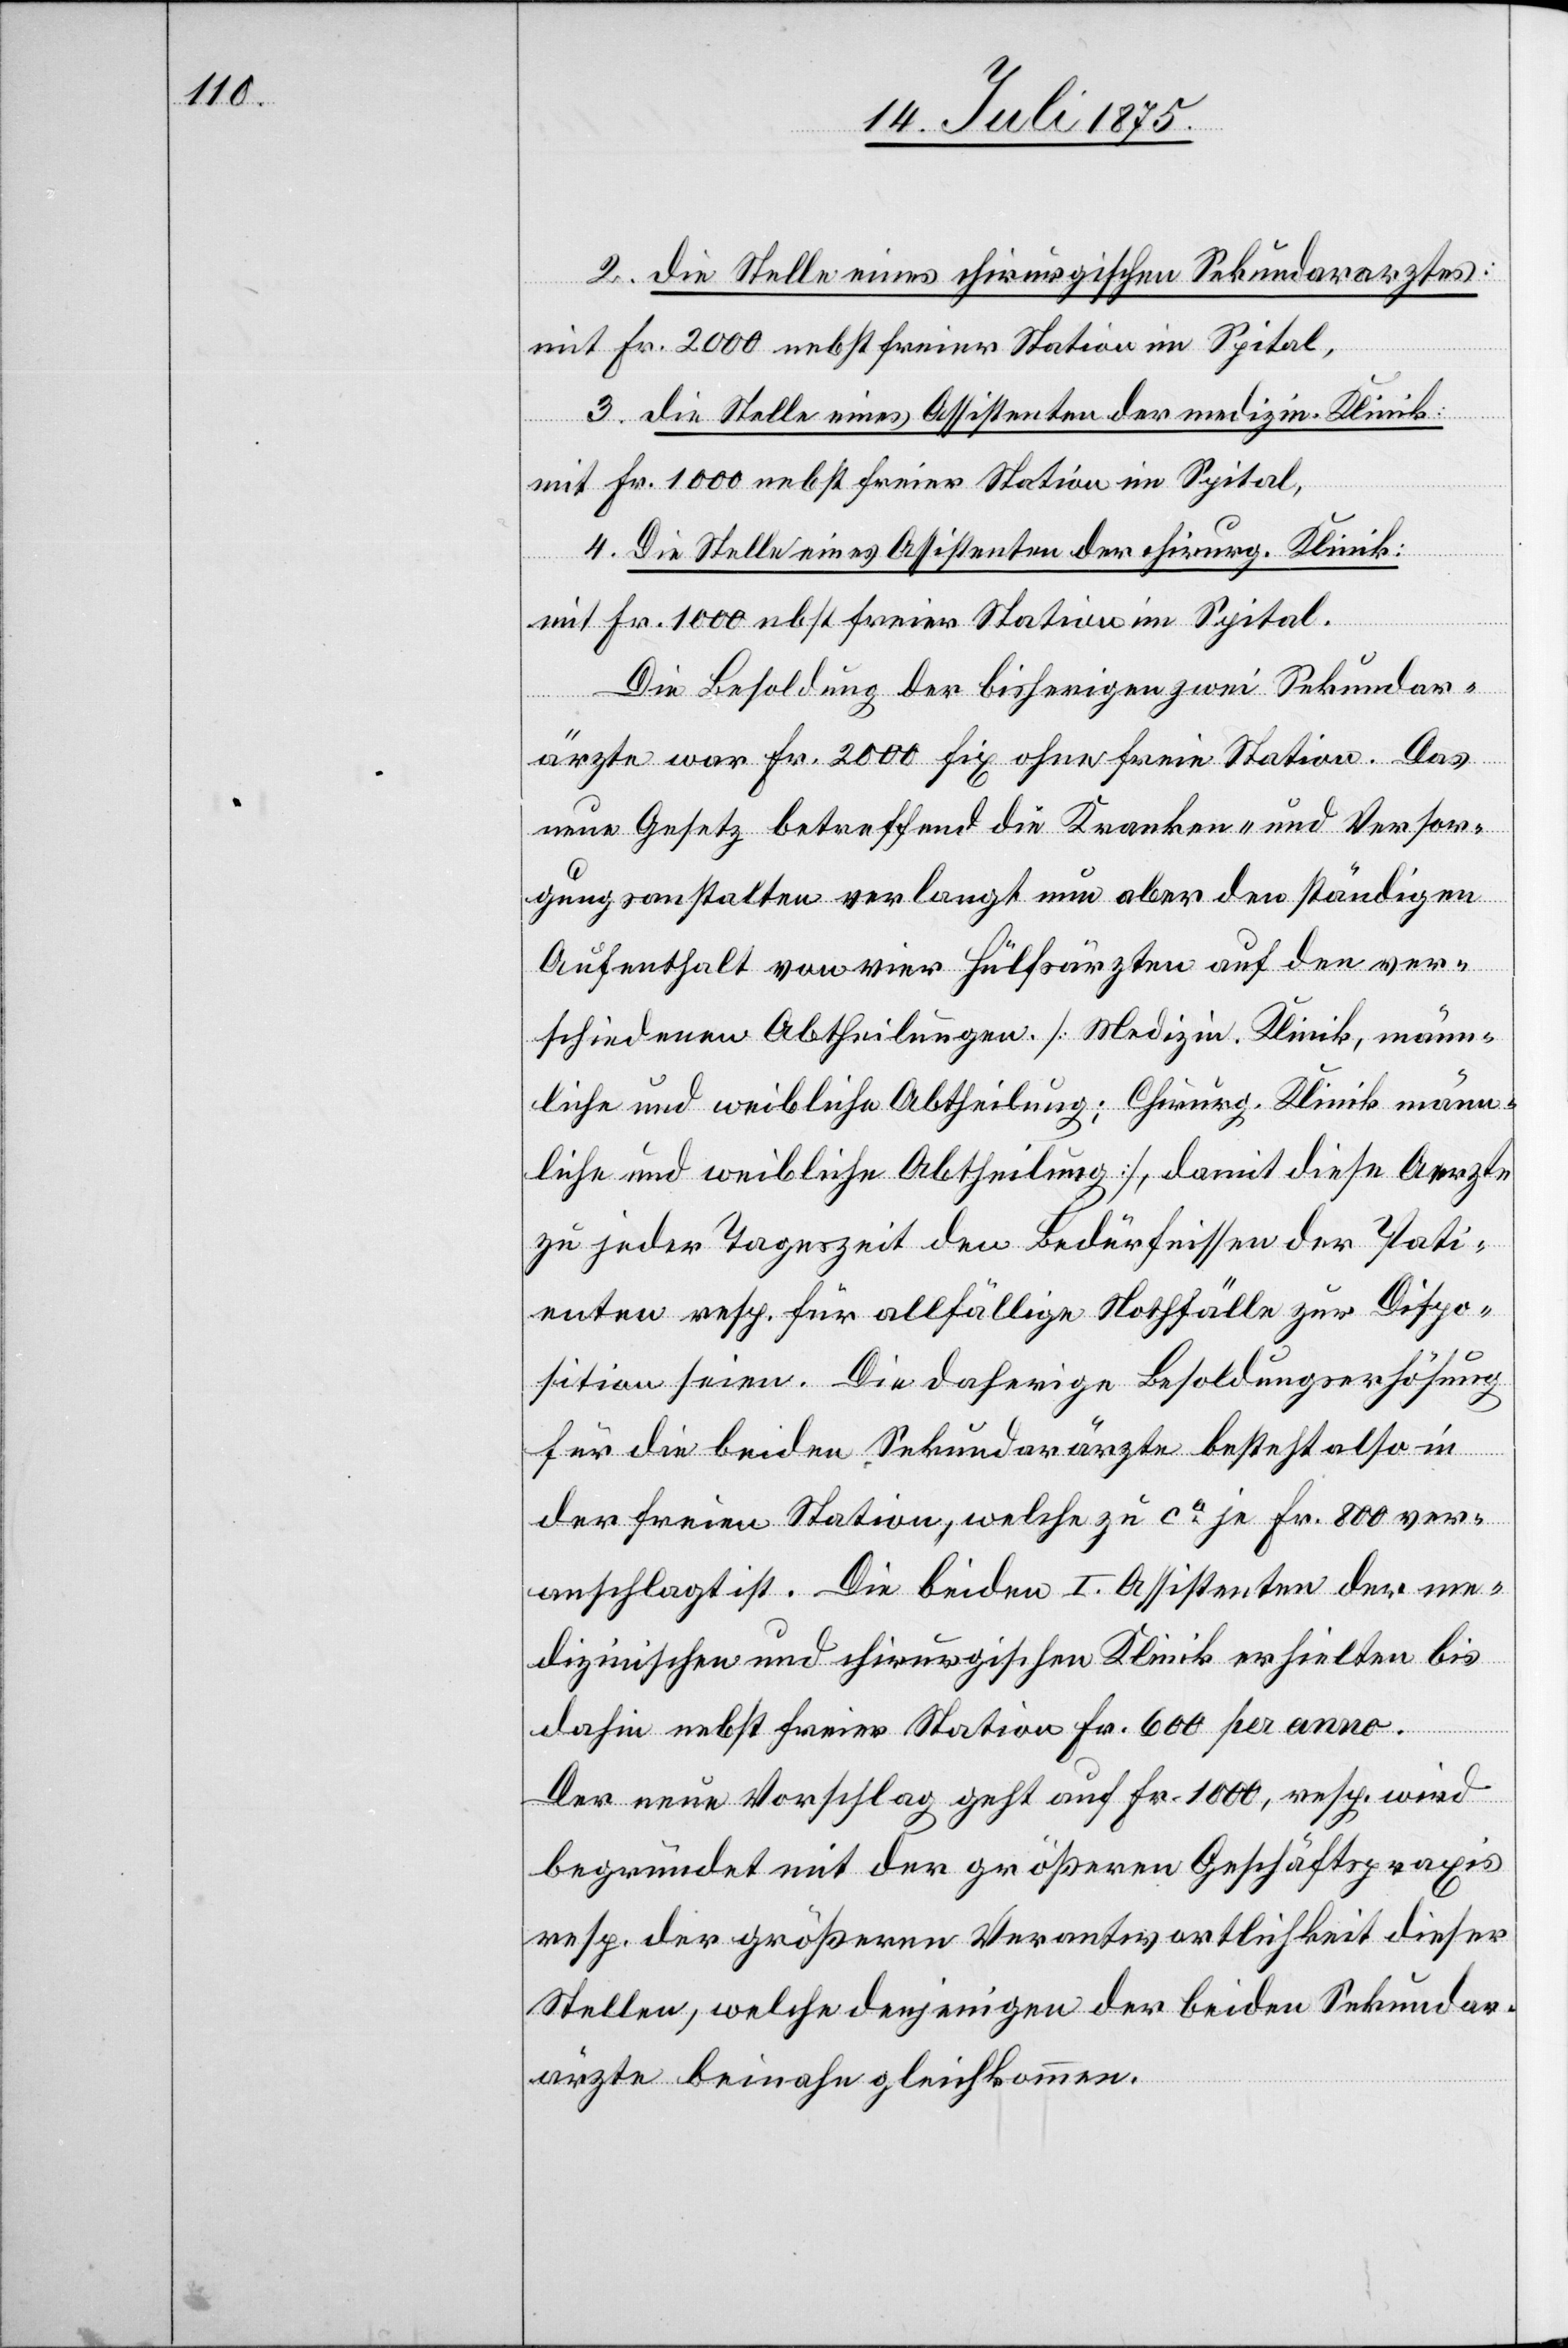
2. die Stelle eines chirurgischen Sekundararztes:
mit Fr. 2000 nebst freier Station im Spital,
3. die Stelle eines Assistenten der medizin. Klinik:
mit Fr. 1000 nebst freier Station im Spital.
4. Die Stelle eines Assistenten der chirurg. Klinik:
Die Besoldung der bisherigen zwei Sekundar¬
ärzte war Fr. 2000 fix ohne freie Station. Das
neue Gesetz betreffend die Kranken- und Versor¬
gungsanstalten verlangt nun aber den ständigen
Aufenthalt von vier Hülfsärzten auf den ver¬
schiedenen Abtheilungen. [Medizin. Klinik, männ¬
liche und weibliche Abtheilung; Chirurg. Klinik männ¬
liche und weibliche Abtheilung], damit diese Aerzte
zu jeder Tageszeit den Bedürfnissen der Pati¬
enten resp. für allfällige Notfälle zur Dispo¬
sition seien. Die daherige Besoldungserhöhung
für die beiden Sekundarärzte besteht also in
der freien Station, welche zu ca je Fr. 800 ver¬
anschlagt ist. Die beiden I. Assistenten der me¬
dizinischen und chirurgischen Klinik erhielten bis
dahin nebst freier Station Fr. 6000 per anno.
Der neue Vorschlag geht auf Fr. 1000, resp. wird
begründet mit der größeren Geschäftspraxis
resp. der größeren Verantwortlichkeit dieser
Stellen, welche denjenigen der beiden Sekundar¬
ärzte beinahe gleichkommen.